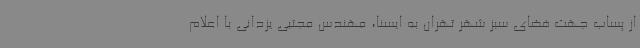
از پساب جهت فضای سبز شهر تهران به ایسنا، مهندس مجتبی یزدانی با اعلام